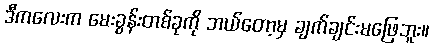
ဒီကလေးက မေးခွန်းတစ်ခုကို ဘယ်တော့မှ ချက်ချင်းမဖြေဘူး။